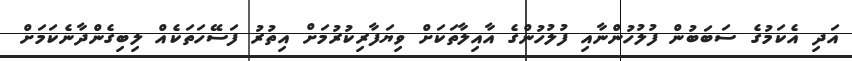
އަދި އެކަމުގެ ސަބަބުން ފުލުހުންނާއި ފުލުހުންގެ އާއިލާތަކަށް ވިޔަފާރިކުރުމަށް އިތުރު ފަސޭހަތަކެއް ލިބިގެންދާނެކަމަށް